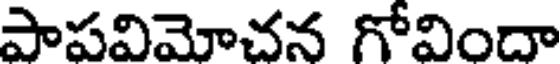
పాపవిమోచన గోవిందా